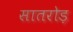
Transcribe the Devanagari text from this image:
सातरोड़